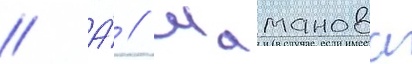
// А́ // Шаманова